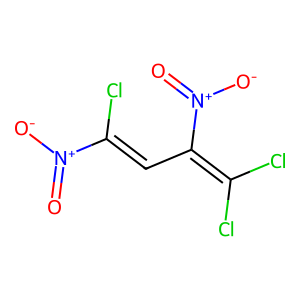
SMILES: O=[N+]([O-])C(Cl)=CC(=C(Cl)Cl)[N+](=O)[O-]
Inhibits HIV replication: No